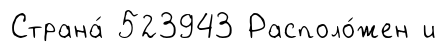
Страна́ 523943 Располо́жен и